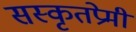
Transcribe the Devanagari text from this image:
सस्कृतप्रेमी